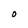
Character: O